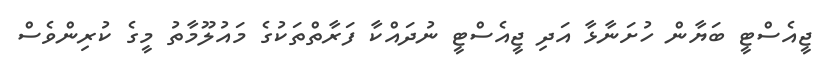
ޖީއެސްޓީ ބަޔާން ހުށަނާޅާ އަދި ޖީއެސްޓީ ނުދައްކާ ފަރާތްތަކުގެ މައުލޫމާތު މީގެ ކުރިންވެސް